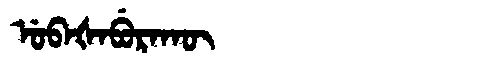
Manchu: ᡠᠪᠠᡧᠠᠪᡠᡵᠠᡴᡡ
Romanization: UBAŠABURAKŪ